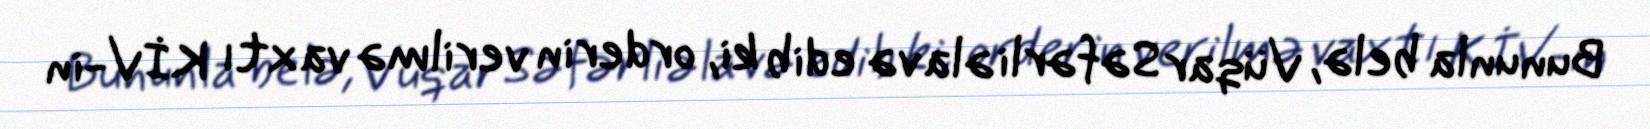
Bununla belə, Vüqar Səfərli əlavə edib ki, orderin verilmə vaxtı KİV-in